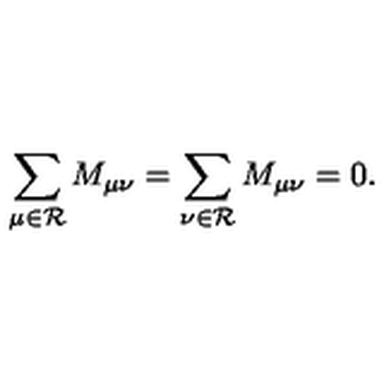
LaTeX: \sum _ { \mu \in { \cal R } } M _ { \mu \nu } = \sum _ { \nu \in { \cal R } } M _ { \mu \nu } = 0 .